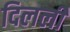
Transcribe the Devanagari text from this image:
दिलली